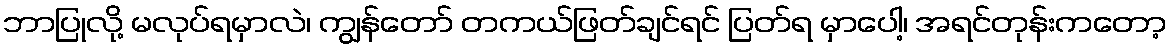
ဘာပြုလို့ မလုပ်ရမှာလဲ၊ ကျွန်တော် တကယ်ဖြတ်ချင်ရင် ပြတ်ရ မှာပေါ့၊ အရင်တုန်းကတော့